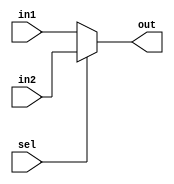
`timescale 1ns / 1ps
//////////////////////////////////////////////////////////////////////////////////
// Company: 
// Engineer: 
// 
// Design Name: 
// Module Name:    MUX2to1 
// Project Name: 
// Target Devices: 
// Tool versions: 
// Description: 
//
// Dependencies: 
//
// Revision: 
// Revision 0.01 - File Created
// Additional Comments: 
//
//////////////////////////////////////////////////////////////////////////////////
module MUX2to1(
	input [31:0] in1,
	input [31:0] in2,
	output [31:0] out,
	input sel
    );
	assign out = sel ? in2 : in1;
endmodule